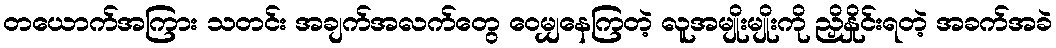
တယောက်အကြား သတင်း အချက်အလက်တွေ ဝေမျှနေကြတဲ့ လူအမျိုးမျိုးကို ညှိနှိုင်းရတဲ့ အခက်အခဲ